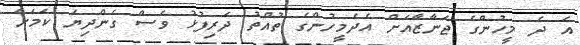
އެ ދެ މީހުންގެ ޖަނާޒާއަށް އެދެމީހުންގެ ތުއްތު ދަރިފުޅު ވެސް ގެންދިޔަ ކަމަށް